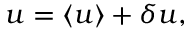
\boldsymbol { u } = \langle \boldsymbol { u } \rangle + \delta \boldsymbol { u } ,